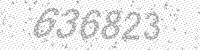
Solution: 636823